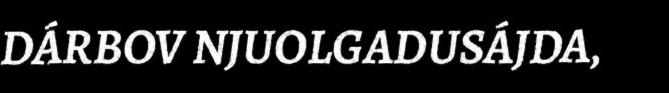
DÁRBOV NJUOLGADUSÁJDA,